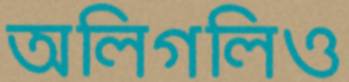
অলিগলিও